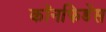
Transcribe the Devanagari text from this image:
कॉनफिडेंस